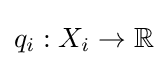
q_{i}:X_{i}\to \mathbb {R}